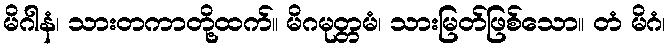
မိဂါနံ၊ သားတကာတို့ထက်။ မိဂမုတ္တမံ၊ သားမြတ်ဖြစ်သော။ တံ မိဂံ၊